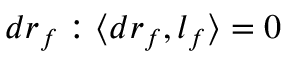
d r _ { f } : \langle d r _ { f } , l _ { f } \rangle = 0